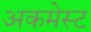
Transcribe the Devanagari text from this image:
अकमेस्ट